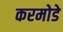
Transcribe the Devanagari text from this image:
करमोडे